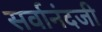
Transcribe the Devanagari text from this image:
सर्वानंदजी